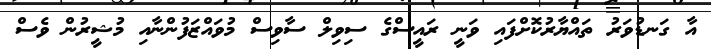
އާ ގަނޑުވަރު ތައްޔާރުކޮށްފައި ވަނީ ރައީސްގެ ސިވިލް ސާވިސް މުވައްޒަފުންނާއި މުޝީރުން ވެސް